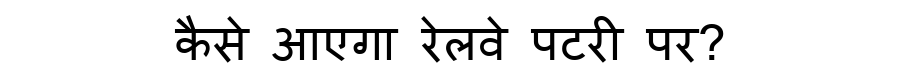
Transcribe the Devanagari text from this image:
कैसे आएगा रेलवे पटरी पर?